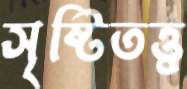
সৃষ্টিতত্ত্ব